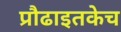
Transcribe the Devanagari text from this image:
प्रौढाइतकेच